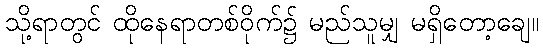
သို့ရာတွင် ထိုနေရာတစ်ဝိုက်၌ မည်သူမျှ မရှိတော့ချေ။